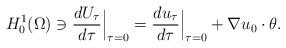
LaTeX: \begin{align*}H_0^1 (\Omega) \ni \frac{d U_\tau}{d \tau} \Big|_{\tau = 0} = \frac{du_\tau}{d\tau} \Big|_{\tau = 0} + \nabla u_0 \cdot \theta.\end{align*}